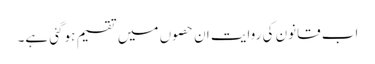
اب قانون کی روایت ان حصوں میں تقسیم ہوگئی ہے۔